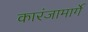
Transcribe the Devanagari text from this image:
कारंजामार्गे